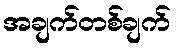
အချက်တစ်ချက်